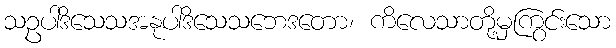
သဥပါဒိသေသအနုပါဒိသေသဘေဒတော၊ ကိလေသာတို့မှကြွင်းသော